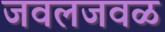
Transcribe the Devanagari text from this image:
जवलजवळ